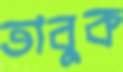
তাবুক